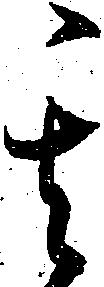
其